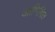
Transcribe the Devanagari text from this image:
आभिषित